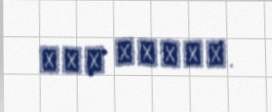
סלע עברים.